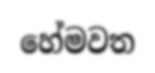
හේමවත